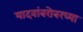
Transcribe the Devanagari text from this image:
यादवांबरोबरच्या